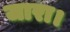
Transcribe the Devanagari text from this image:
जारा।